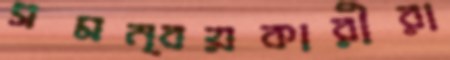
সমন্বয়কারীরা